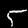
Digit: 5